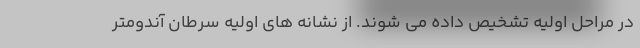
در مراحل اولیه تشخیص داده می شوند. از نشانه های اولیه سرطان آندومتر